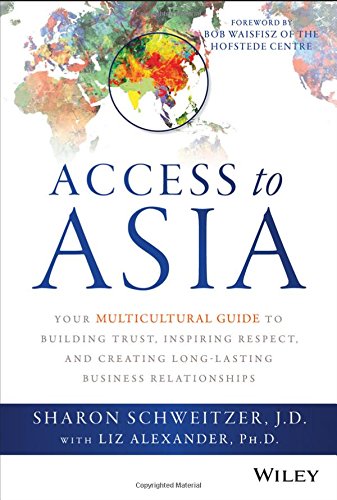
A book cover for Access to Asia: Your Multicultural Guide to Building Trust, Inspiring Respect, and Creating Long-Lasting Business Relationships; Sharon Schweitzer; Business & Money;